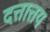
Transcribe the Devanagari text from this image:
दत्तात्तय